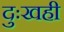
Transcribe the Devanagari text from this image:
दुःखही